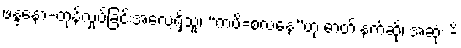
ဖန္ဒနော-တုန်လှုပ်ခြင်းအလေ့ရှိသူ၊ “ကပိ=စလနေ”ဟု ဓာတ် နက်ဆို၊ အဆုံး -ိ